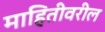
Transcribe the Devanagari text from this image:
माहितीवरील